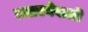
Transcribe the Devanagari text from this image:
उतारनेवाली